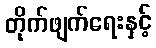
တိုက်ဖျက်ရေးနှင့်